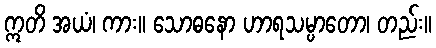
ဣတိ အယံ၊ ကား။ သောဓနော ဟာရသမ္ပာတော၊ တည်း။